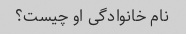
نام خانوادگی او چیست؟